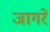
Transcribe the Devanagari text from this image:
जागरे